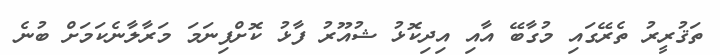
ތަޤުރީރު ތެރޭގައި މުގާބޭ އާއި އިދިކޮޅު ޝުއޫރު ފާޅު ކޮށްފިނަމަ މަރާލާނެކަމަށް ބުނެ